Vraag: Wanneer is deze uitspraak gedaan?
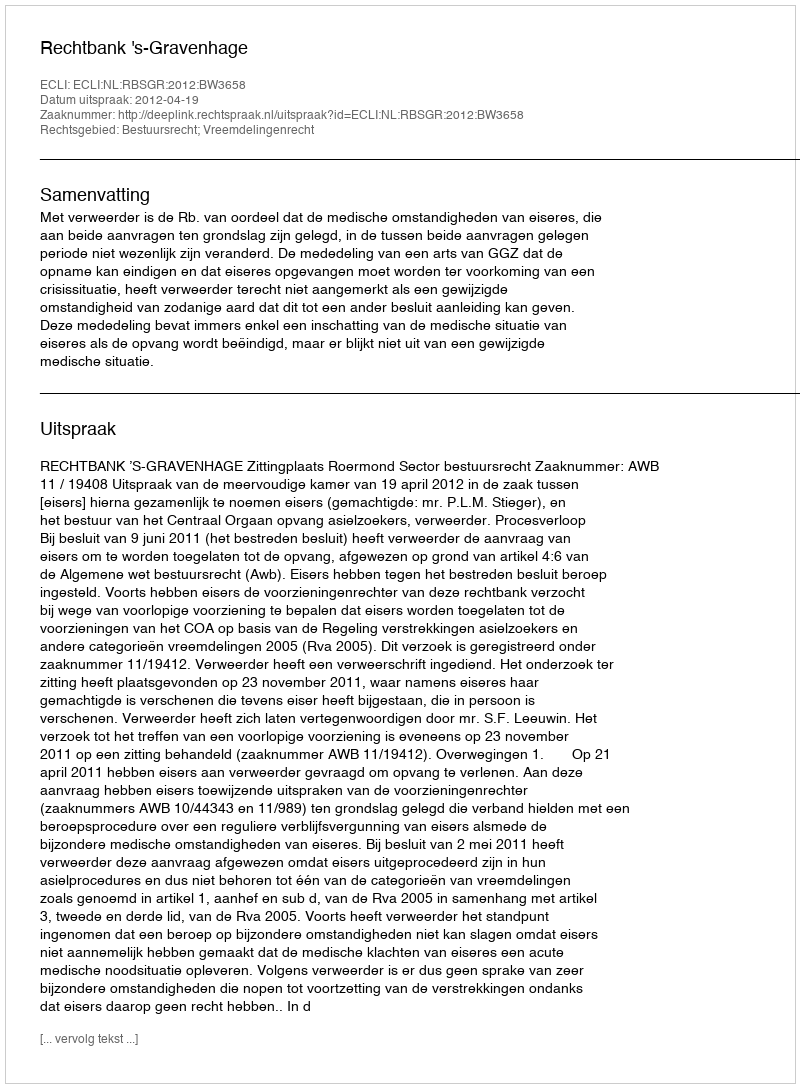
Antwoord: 2012-04-19